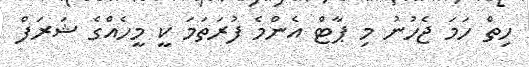
ހިތް ހަމަ ޖެހުނު މި ޕާޓް އެންމެ ފުރަތަމަ ކީ މީހެއްގެ ޝަރަފް